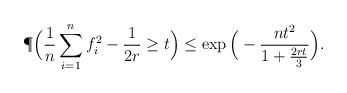
LaTeX: \begin{align*}\P\Big(\frac{1}{n}\sum_{i = 1}^n f_i^2 - \frac{1}{2r} \geq t\Big) \leq \exp\Big(-\frac{nt^2}{1+\frac{2rt}{3}}\Big).\end{align*}